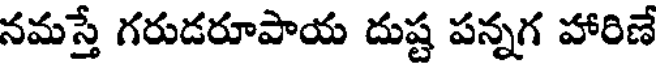
నమస్తే గరుడరూపాయ దుష్ట పన్నగ హారిణే